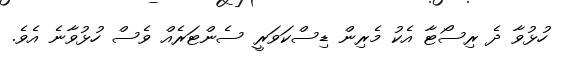
ހުޅުވާ ދެ ރިސޯޓާ އެކު މެރިން ޑިސްކަވަރީ ސެންޓަރެއް ވެސް ހުޅުވާނެ އެވެ.